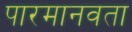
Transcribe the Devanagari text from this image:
पारमानवता